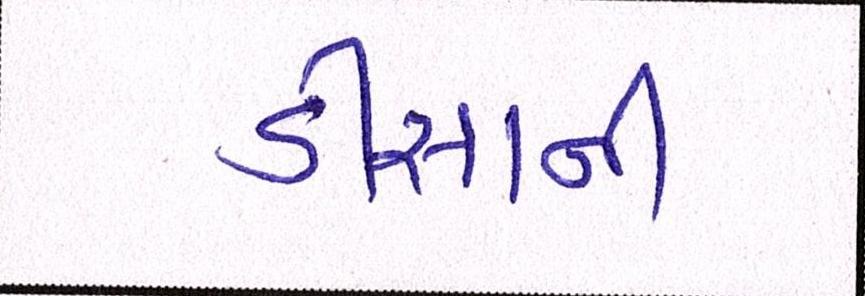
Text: ડીસાની